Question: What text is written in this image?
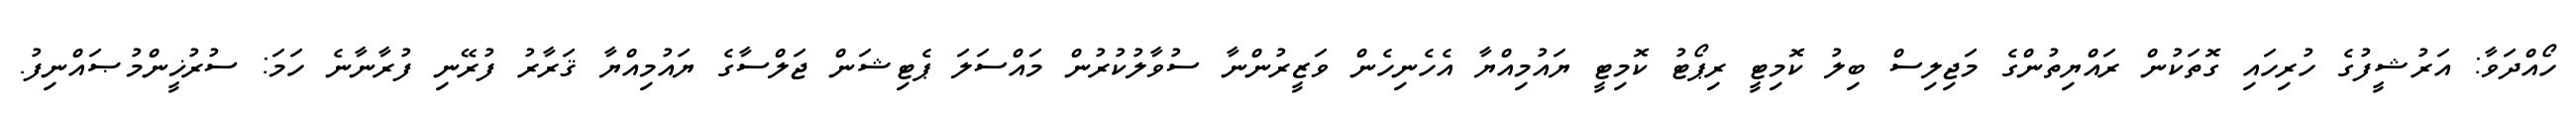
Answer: ހޯއްދަވާ: އަރުޝީފުގެ ހުރިހައި ގޮތަކުން ރައްޔިތުންގެ މަޖިލިސް ބިލު ކޮމިޓީ ރިޕޯޓު ކޮމިޓީ ޔައުމިއްޔާ އެހެނިހެން ވަޒީރުންނާ ސުވާލުކުރުން މައްސަލަ ޕެޓިޝަން ޖަލްސާގެ ޔައުމިއްޔާ ޤަރާރު ފުރޭނި ފުރާނާނެ ހަމަ: ސުރުޚީންމުޞައްނިފު.